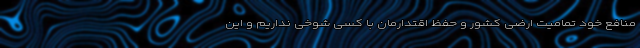
منافع خود تمامیت ارضی کشور و حفظ اقتدارمان با کسی شوخی نداریم و این